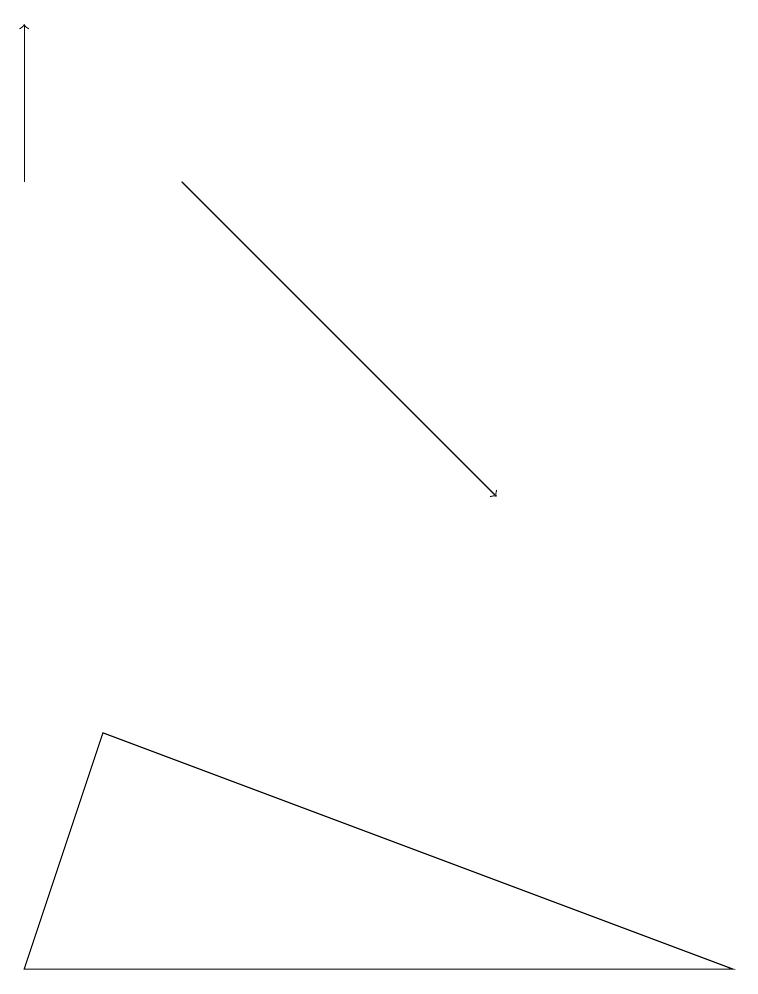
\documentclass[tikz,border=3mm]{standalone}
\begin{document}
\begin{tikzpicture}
\draw[->] (0,14) -- (0,16);
\draw (1,7) -- (0,4) -- (9,4) -- cycle;
\draw[->] (2,14) -- (6,10);
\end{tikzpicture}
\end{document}